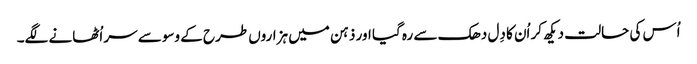
اُس کی حالت دیکھ کر اُن کا دِل دھک سے رہ گیا اور ذہن میں ہزاروں طرح کے وسوسے سر اُٹھانے لگے۔